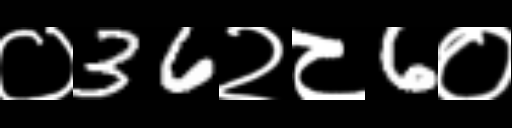
Text: ०36२८6०